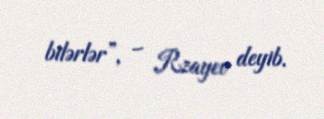
bilərlər”, – Rzayev deyib.